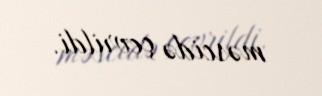
məscidə çevrildi.